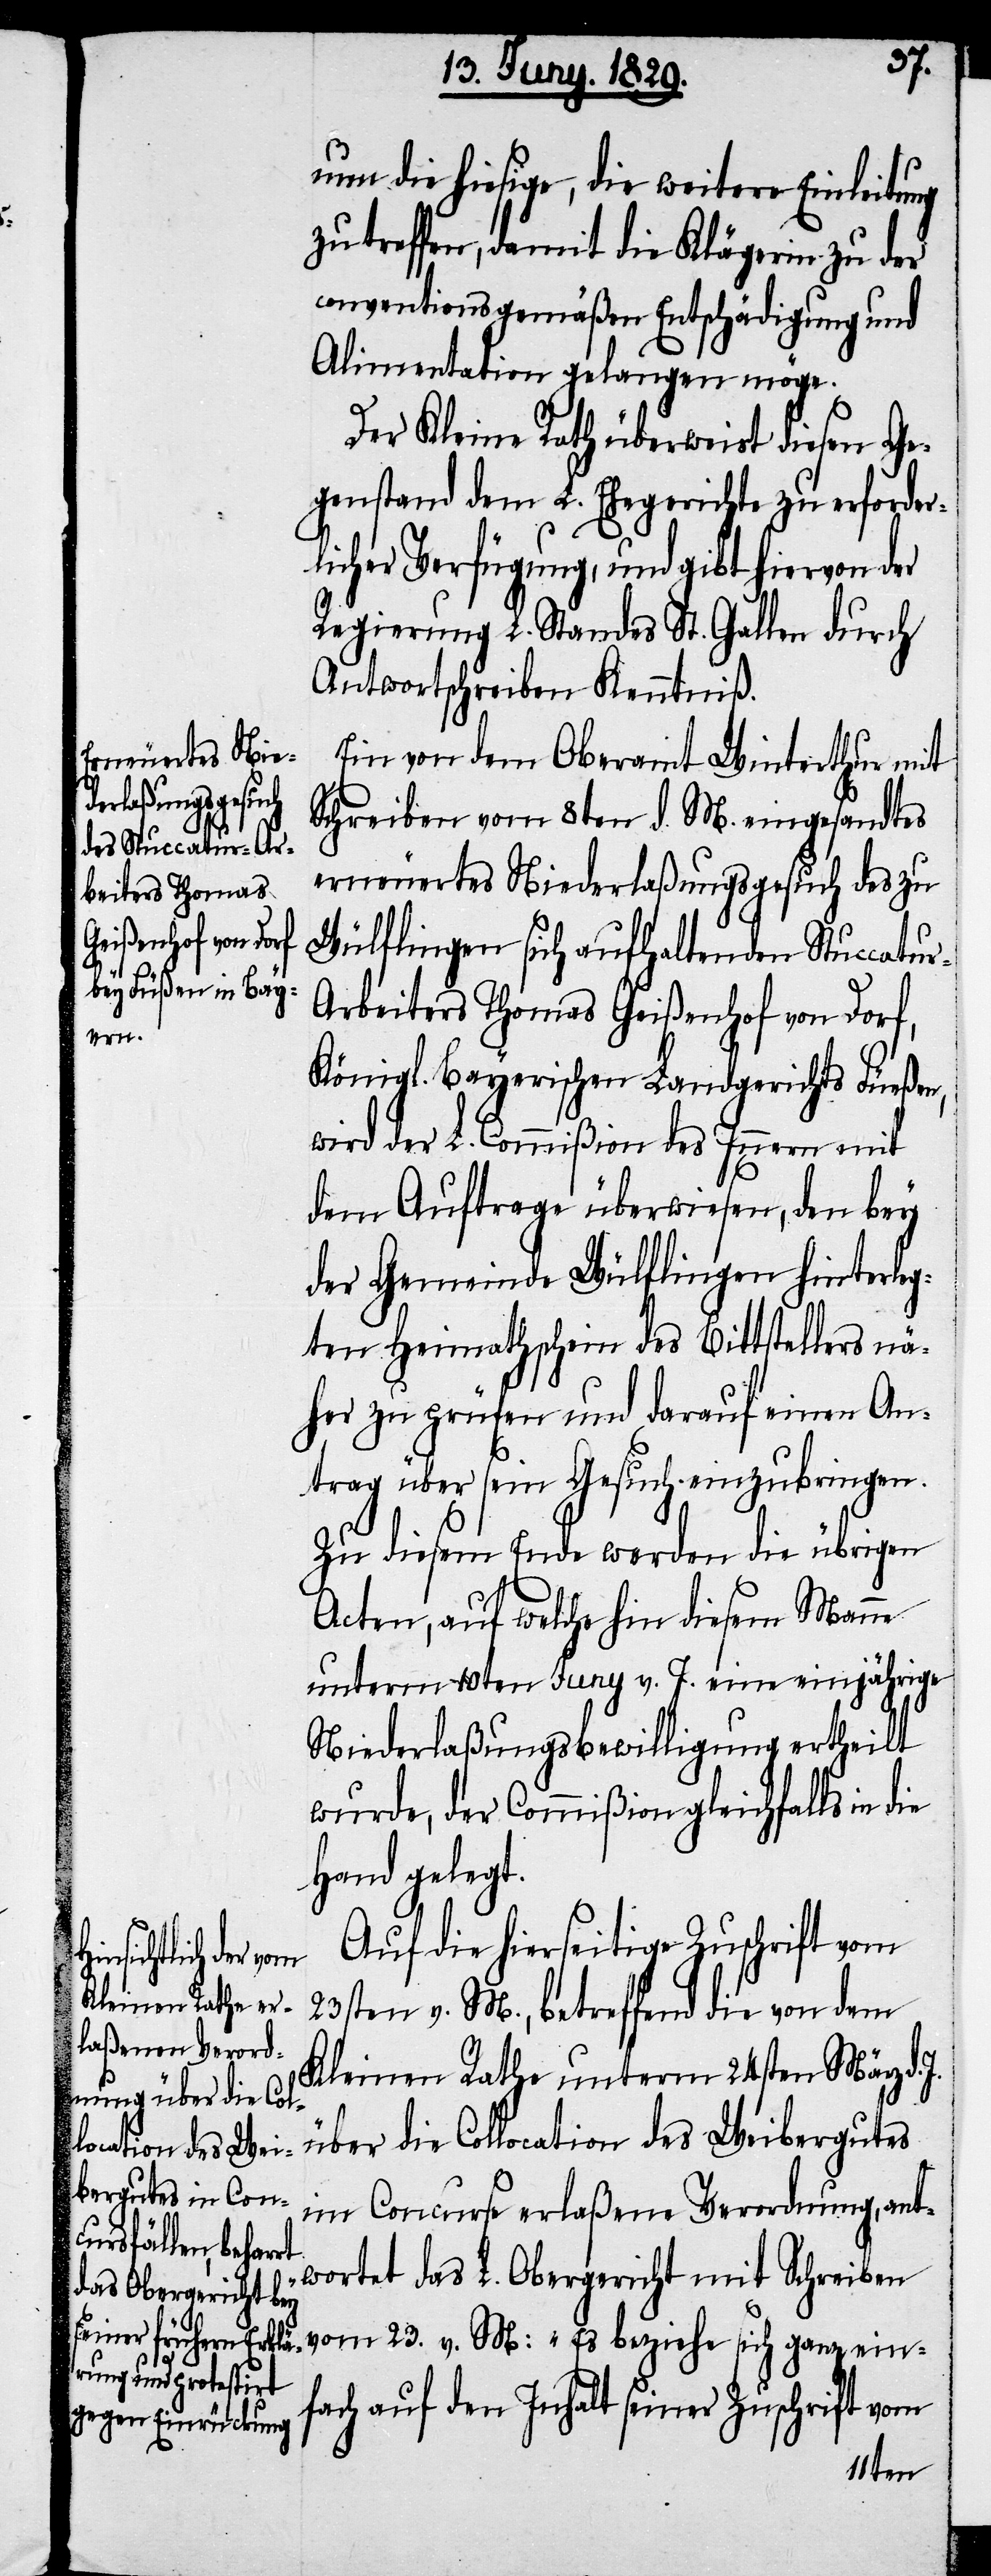
um die hiesige, die weitere Einleitung
zu treffen, damit die Klägerin zu der
conventionsgemäßen Entschädigung und
Alimentation gelangen möge.
Der Kleine Rath überweist diesen Ge¬
genstand dem L. Ehegerichte zu erforder¬
licher Verfügung, und gibt hiervon der
Regierung L. Standes St. Gallen durch
Antwortschreiben Kenntniß.
Ein von dem Oberamt Winterthur mit
Schreiben vom 8ten d. M. eingesandtes
erneuertes Niederlaßungsgesuch des zu
Wülflingen sich aufhaltenden Stuccatu¬
r-Arbeiters Thomas Geißenhof von Dorf,
Königl. Bayerischen Landgerichts Füeßen,
wird der L. Commißion des Innern mit
dem Auftrage überwiesen, den bey
der Gemeinde Wülflingen hinterleg¬
ten Heimathschein des Bittstellers nä¬
her zu prüfen und darauf einen An¬
trag über sein Gesuch einzubringen.
Zu diesem Ende werden die übrigen
Acten, auf welche hin diesem Manne
unterm 10ten Juny v. J. eine einjährige
Niederlaßungsbewilligung ertheilt
wurde, der Commißion gleichfalls in
Hand gelegt.
Auf die hierseitige Zuschrift vom
23sten v. M., betreffend die von dem
Kleinen Rathe unterm 24sten März d.
über die Collocation des Weibergutes
im Concurse erlaßene Verordnung, ant¬
wortet das L. Obergericht mit Schreiben
vom 23. v. M: „Es beziehe sich ganz ein¬
fach auf den Inhalt seiner Zuschrift vom